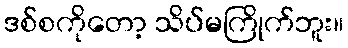
ဒစ်စကိုတော့ သိပ်မကြိုက်ဘူး။